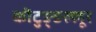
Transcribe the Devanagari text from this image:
कॊटुङ्ङल्लूर